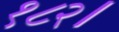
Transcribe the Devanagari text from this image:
१८२।